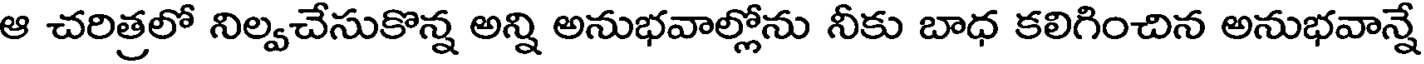
ఆ చరిత్రలో నిల్వచేసుకొన్న అన్ని అనుభవాల్లోను నీకు బాధ కలిగించిన అనుభవాన్న